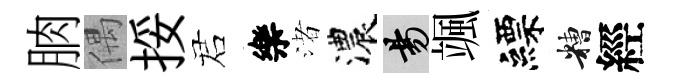
朒偶挼诺樂渚濃昜颯縹糟經